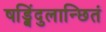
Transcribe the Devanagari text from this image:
षड्बिंदुलान्छितं